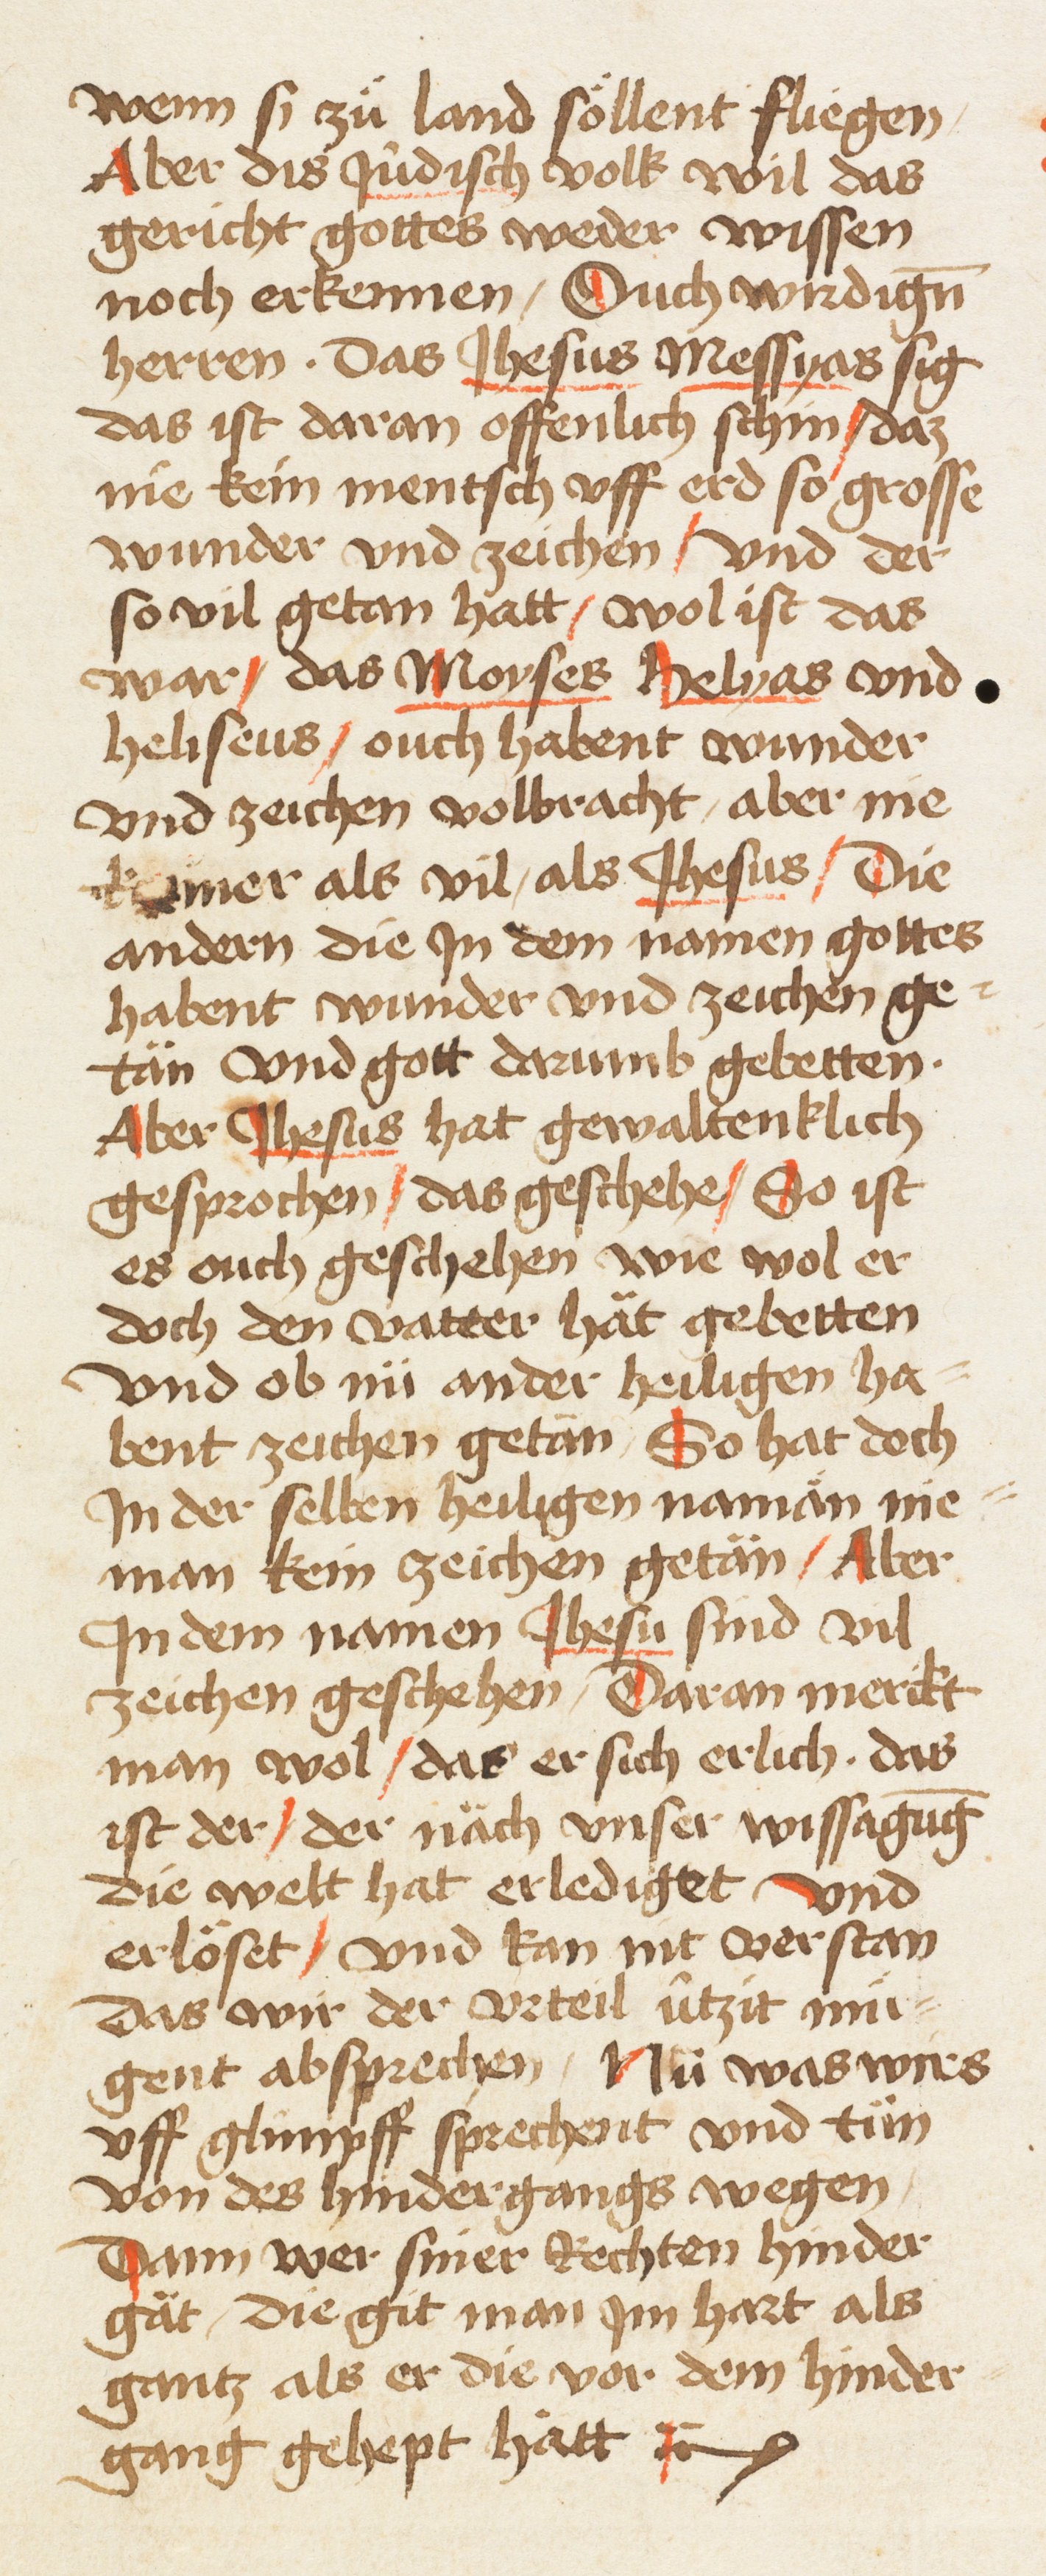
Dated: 1461–1461